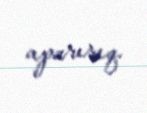
aparırıq.